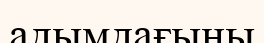
адымдағыны